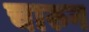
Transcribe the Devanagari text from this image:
चारुन